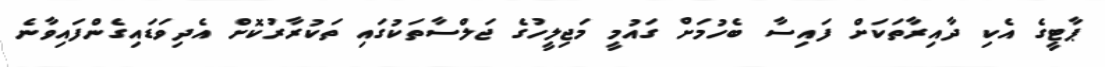
ޕާޓީގެ އެކި ދާއިރާތަކަށް ފައިސާ ބެހުމަށް ގައުމީ މަޖިލީހުގެ ޖަލްސާތަކުގައި ތަކުރާރުކޮށް އެދިވަޑައިގެންފައިވާނެ